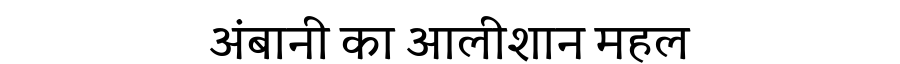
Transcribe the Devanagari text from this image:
अंबानी का आलीशान महल